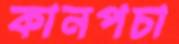
কানপচা